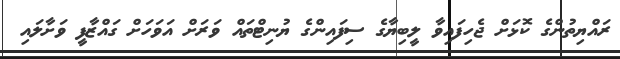
ރައްޔިތުންގެ ކޮޅަށް ޖެހިފައިވާ ލީބިޔާގެ ސިފައިންގެ ޔުނިޓްތައް ވަރަށް އަވަހަށް ގައްޒާފީ ވަށާލައި